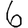
Digit: 6